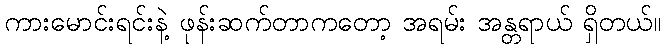
ကားမောင်းရင်းနဲ့ ဖုန်းဆက်တာကတော့ အရမ်း အန္တရာယ် ရှိတယ်။